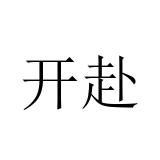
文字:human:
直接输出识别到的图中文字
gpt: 开赴